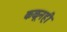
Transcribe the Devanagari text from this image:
कळूनही